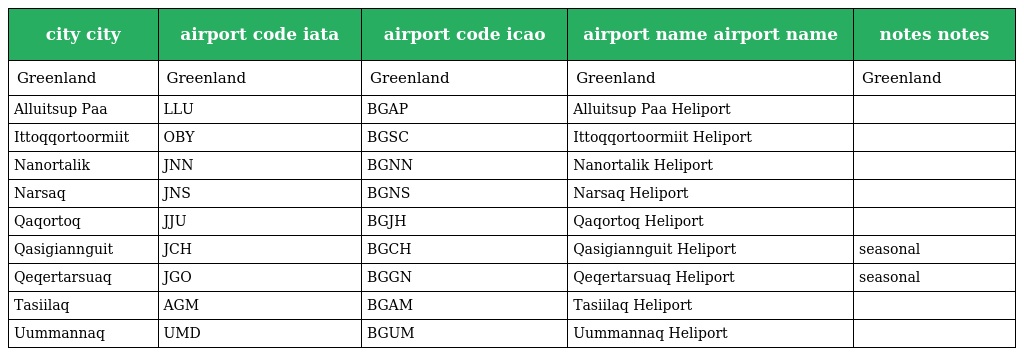
| city city | airport code iata | airport code icao | airport name airport name | notes notes |
 | --- | --- | --- | --- | --- |
 | Greenland | Greenland | Greenland | Greenland | Greenland |
 | Alluitsup Paa | LLU | BGAP | Alluitsup Paa Heliport |  |
 | Ittoqqortoormiit | OBY | BGSC | Ittoqqortoormiit Heliport |  |
 | Nanortalik | JNN | BGNN | Nanortalik Heliport |  |
 | Narsaq | JNS | BGNS | Narsaq Heliport |  |
 | Qaqortoq | JJU | BGJH | Qaqortoq Heliport |  |
 | Qasigiannguit | JCH | BGCH | Qasigiannguit Heliport | seasonal |
 | Qeqertarsuaq | JGO | BGGN | Qeqertarsuaq Heliport | seasonal |
 | Tasiilaq | AGM | BGAM | Tasiilaq Heliport |  |
 | Uummannaq | UMD | BGUM | Uummannaq Heliport |  |